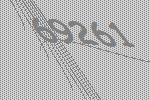
69261